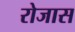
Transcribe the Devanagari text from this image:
रोजास